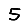
Digit: 5